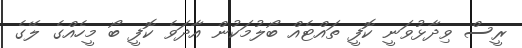
ރީސް ވިދާޅުވަނީ ކޮފީ ތައްޓެއް ބޯލުމަކުން އާދަވެ ކޮފީ ބޯ މީހެއްގެ ލޭގެ